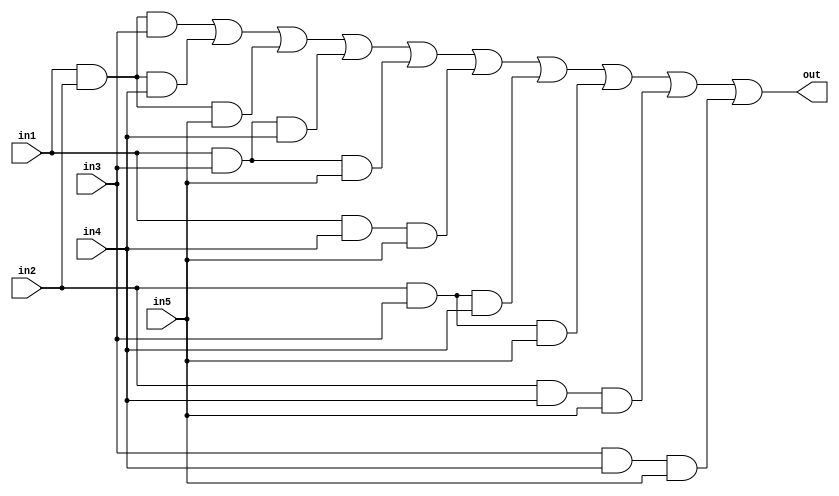
module vote1 (in1,in2,in3,in4,in5,out);

input [2:0] in1,in2,in3,in4,in5;
output [2:0] out;
wire [2:0] sum12,sum13,sum14,sum15,sum23,sum24,sum25,sum34,sum35,sum45,sum123,sum124,sum125,sum134,sum135,sum145,sum234,sum235,sum245,sum345,out2,out3,out4,out5,out6,out7,out8,out9,out10,out11,out12,out13;

and (sum123,in1,in2,in3);
and (sum124,in1,in2,in4);
and (sum125,in1,in2,in5);
and (sum134,in1,in3,in4);
and (sum135,in1,in3,in5);
and (sum145,in1,in4,in5);
and (sum234,in2,in3,in4);
and (sum235,in2,in3,in5);
and (sum245,in2,in4,in5);
and (sum345,in3,in4,in5);

or (out13,sum123,sum124,sum125,sum134,sum135,sum145,sum234,sum235,sum245,sum345);

and (sum12,in1,in2);
and (sum13,in1,in3);
and (sum14,in1,in4);
and (sum15,in1,in5);
and (sum23,in2,in3);
and (sum24,in2,in4);
and (sum25,in2,in5);
and (sum34,in3,in4);
and (sum35,in3,in5);
and (sum45,in4,in5);

or (out2,sum123,sum45);
or (out3,sum124,sum35);
or (out4,sum125,sum34);
or (out5,sum134,sum25);
or (out6,sum135,sum24);
or (out7,sum145,sum23);
or (out8,sum234,sum15);
or (out9,sum235,sum14);
or (out10,sum245,sum13);
or (out11,sum345,sum12);

or (out12,out2,out3,out4,out5,out6,out7,out8,out9,out10,out11);
assign out=out13;

endmodule